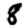
Digit: 8